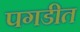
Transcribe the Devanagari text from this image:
पगडीत